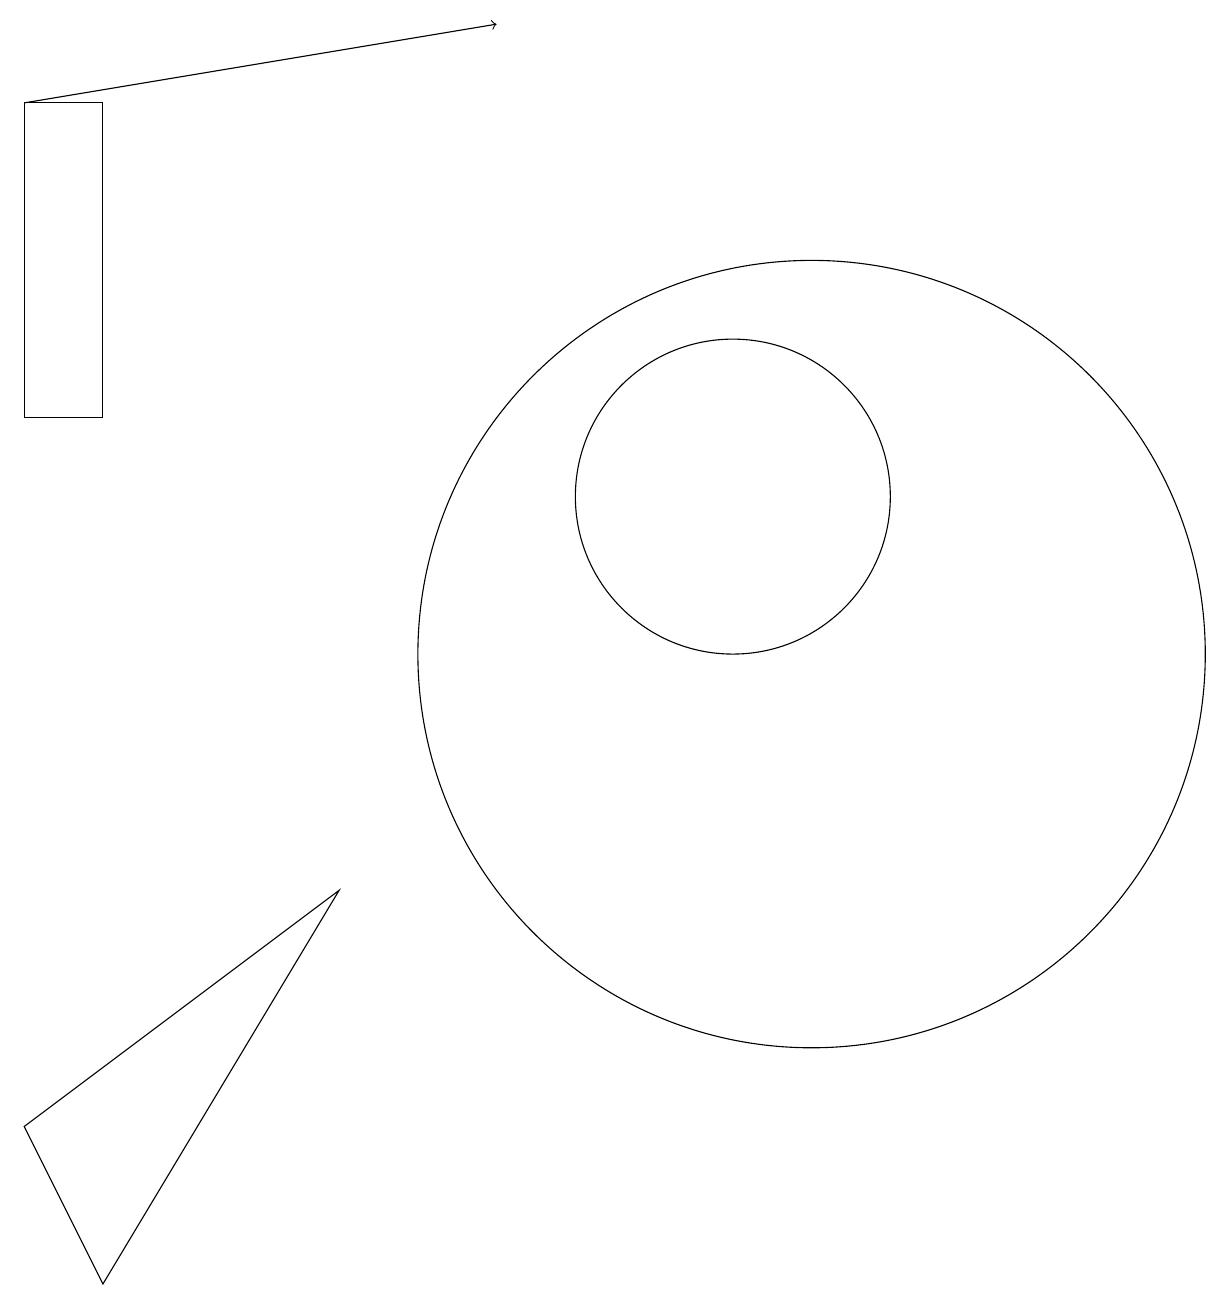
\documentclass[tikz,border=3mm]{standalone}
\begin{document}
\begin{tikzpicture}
\draw[->] (2,17) -- (8,18);
\draw (11,12) circle (2);
\draw (3,2) -- (6,7) -- (2,4) -- cycle;
\draw (2,17) rectangle (3,13);
\draw (12,10) circle (5);
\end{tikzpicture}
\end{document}